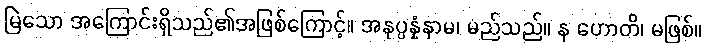
မြဲသော အကြောင်းရှိသည်၏အဖြစ်ကြောင့်။ အနုပ္ပန္နံနာမ၊ မည်သည်။ န ဟောတိ၊ မဖြစ်။